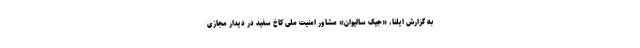
به گزارش ایلنا، «جیک سالیوان» مشاور امنیت ملی کاخ سفید در دیدار مجازی